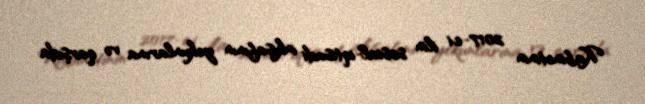
Kabinetinin 2017-ci ilin sosial-iqtisadi inkişafının yekunlarına və qarşıda